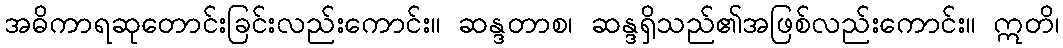
အဓိကာရဆုတောင်းခြင်းလည်းကောင်း။ ဆန္ဒတာစ၊ ဆန္ဒရှိသည်၏အဖြစ်လည်းကောင်း။ ဣတိ၊